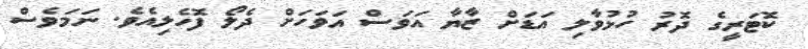
ކޮޓަރީގެ ދޮރު ހުޅުވާލި އަޑަށް ޒާޔާ އަވަސް އަވަހަށް ދެލޯ ފޮހެލިއެވެ. ނަމަވެސް